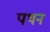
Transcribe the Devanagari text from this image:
पथन